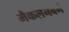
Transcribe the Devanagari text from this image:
मैकलेनबर्ग